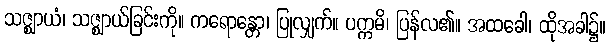
သဇ္ဈာယံ၊ သဇ္ဈာယ်ခြင်းကို။ ကရောန္တော၊ ပြုလျှက်။ ပက္ကမိ၊ ပြန်လ၏။ အထခေါ၊ ထိုအခါ၌။